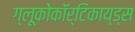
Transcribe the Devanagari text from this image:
ग्लूकोकॉर्टिकाय्ड्स